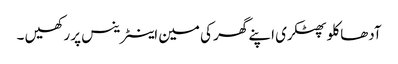
آدھا کلو پھٹکری اپنے گھر کی مین اینٹرینس پر رکھیں ۔